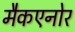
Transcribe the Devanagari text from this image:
मैकएनोर